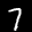
Label: 7